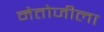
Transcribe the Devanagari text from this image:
नेतोजीला